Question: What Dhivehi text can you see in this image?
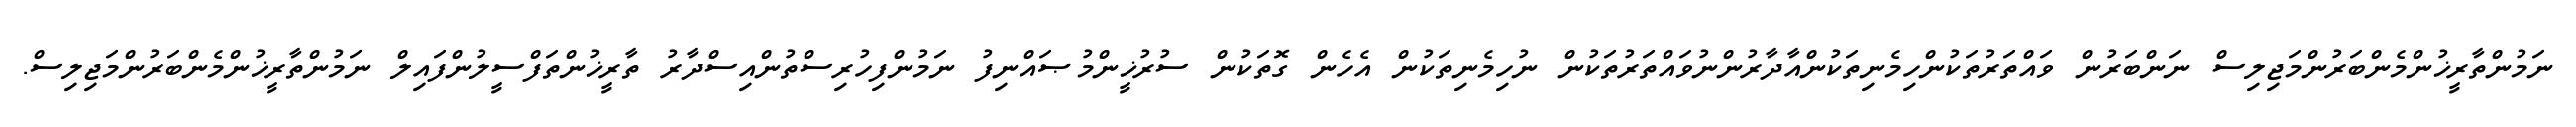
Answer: ނަމުންތާރީޚުންމެންބަރުންމަޖިލިސް ނަންބަރުން ވައްތަރުތަކުންހިމެނިތަކުންއާދާރުންނުވައްތަރުތަކުން ނުހިމެނިތަކުން އެހެން ގޮތަކުން ސުރުޚީންމުޞައްނިފު ނަމުންފިހުރިސްތުންއިސްދާރު ތާރީޚުންތަފްސީލުންފައިލް ނަމުންތާރީޚުންމެންބަރުންމަޖިލިސް.